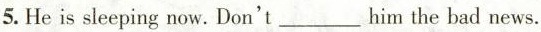
5.He is sleeping now.Don't__him the bad news.